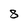
Character: 8